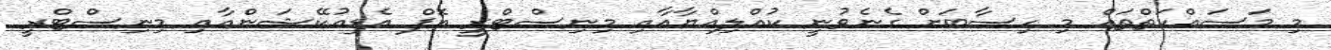
މި މަސައްކަތްތައް މި ހިސާބަށް ގެނެވުނީ ކުއްލިއްޔާއާއި މިނިސްޓްރީ އޮފް އެޑިއުކޭޝަންއާއި މިނިސްޓްރީ